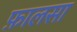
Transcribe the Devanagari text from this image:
फ़ालसा